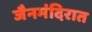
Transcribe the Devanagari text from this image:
जैनमंदिरात